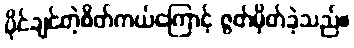
ပိုင်ချင်တဲ့စိတ်ကယ်ကြောင့် ဇွတ်မှိတ်ခဲ့သည်။